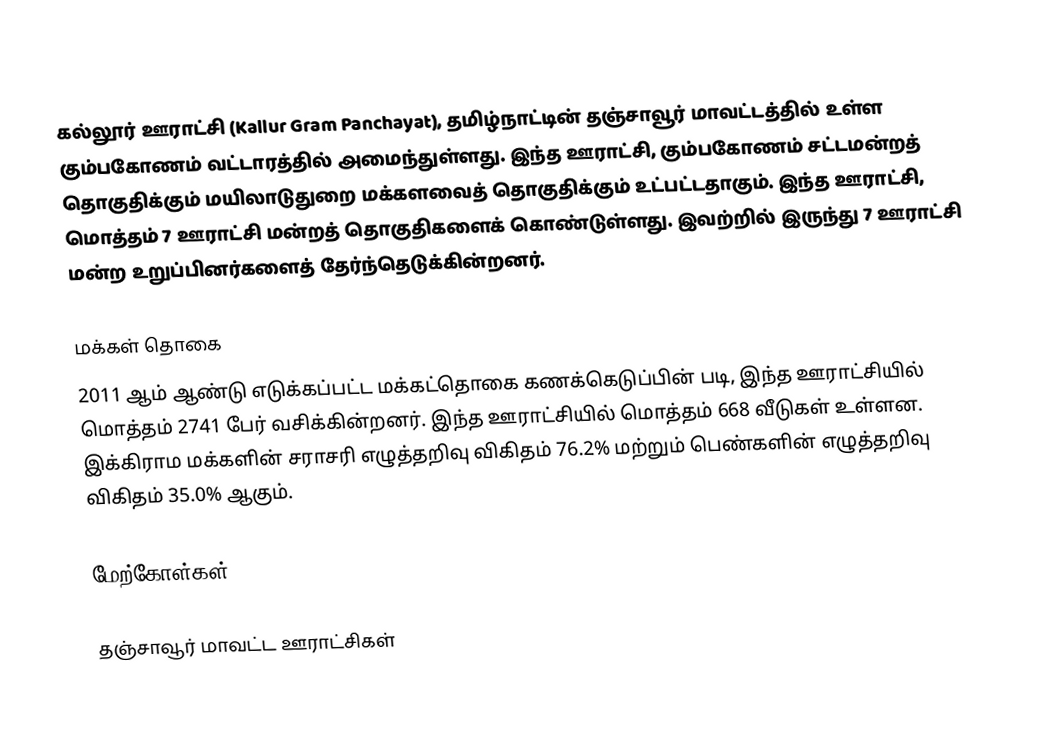
கல்லூர் ஊராட்சி (Kallur Gram Panchayat), தமிழ்நாட்டின் தஞ்சாவூர் மாவட்டத்தில் உள்ள கும்பகோணம் வட்டாரத்தில் அமைந்துள்ளது. இந்த ஊராட்சி, கும்பகோணம் சட்டமன்றத் தொகுதிக்கும் மயிலாடுதுறை மக்களவைத் தொகுதிக்கும் உட்பட்டதாகும். இந்த ஊராட்சி, மொத்தம் 7 ஊராட்சி மன்றத் தொகுதிகளைக் கொண்டுள்ளது. இவற்றில் இருந்து 7 ஊராட்சி மன்ற உறுப்பினர்களைத் தேர்ந்தெடுக்கின்றனர்.

மக்கள் தொகை
2011 ஆம் ஆண்டு எடுக்கப்பட்ட மக்கட்தொகை கணக்கெடுப்பின் படி, இந்த ஊராட்சியில் மொத்தம் 2741 பேர் வசிக்கின்றனர். இந்த ஊராட்சியில் மொத்தம் 668 வீடுகள் உள்ளன. இக்கிராம மக்களின் சராசரி எழுத்தறிவு விகிதம் 76.2% மற்றும் பெண்களின் எழுத்தறிவு விகிதம் 35.0% ஆகும்.

மேற்கோள்கள்

தஞ்சாவூர் மாவட்ட ஊராட்சிகள்